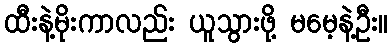
ထီးနဲ့မိုးကာလည်း ယူသွားဖို့ မမေ့နဲ့ဦး။